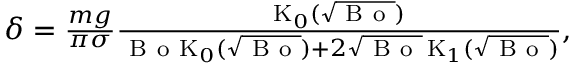
\begin{array} { r } { \delta = \frac { m g } { \pi \sigma } \frac { \mathrm { K } _ { 0 } ( \sqrt { \mathrm { ~ B ~ o ~ } } ) } { \mathrm { ~ B ~ o ~ } \mathrm { K } _ { 0 } ( \sqrt { \mathrm { ~ B ~ o ~ } } ) + 2 \sqrt { \mathrm { ~ B ~ o ~ } } \, \mathrm { K } _ { 1 } ( \sqrt { \mathrm { ~ B ~ o ~ } } ) } , } \end{array}